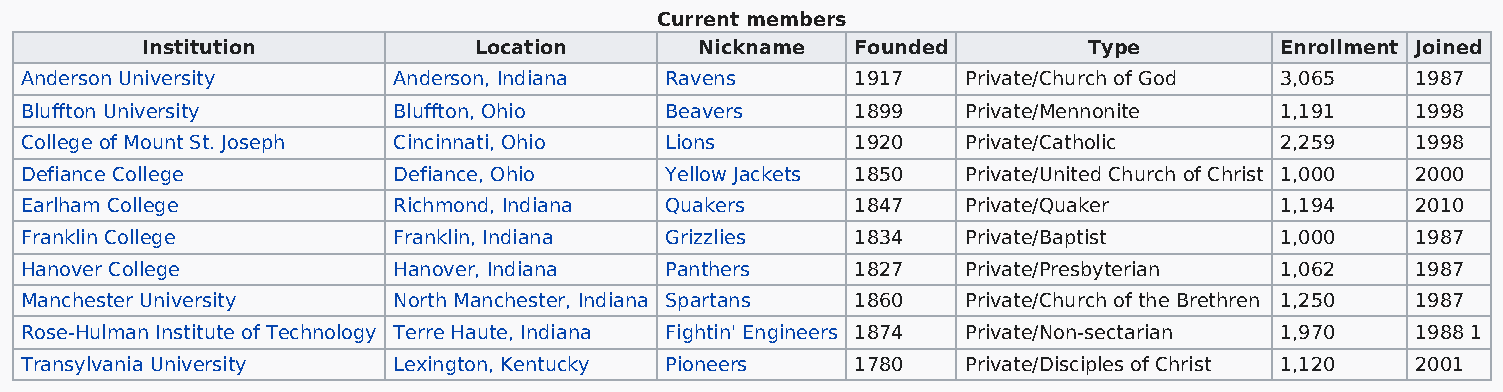
Current members
 Institution           Location       Nickname   Founded        Type         Enrollment Joined
 Anderson University      Anderson, Indiana Ravens       1917   Private/Church of God 3,065   1987
 Bluffton University      Bluffton, Ohio    Beavers      1899   Private/Mennonite    1,191    1998
 College of Mount St. Joseph Cincinnati, Ohio Lions      1920   Private/Catholic     2,259    1998
 Defiance College         Defiance, Ohio    Yellow Jackets 1850 Private/United Church of Christ 1,000 2000
 Earlham College          Richmond, Indiana Quakers      1847   Private/Quaker       1,194    2010
 Franklin College         Franklin, Indiana Grizzlies    1834   Private/Baptist      1,000    1987
 Hanover College          Hanover, Indiana  Panthers     1827   Private/Presbyterian 1,062    1987
 Manchester University    North Manchester, Indiana Spartans 1860 Private/Church of the Brethren 1,250 1987
 Rose-Hulman Institute of Technology Terre Haute, Indiana Fightin' Engineers 1874 Private/Non-sectarian 1,970 1988 1
 Transylvania University  Lexington, Kentucky Pioneers   1780   Private/Disciples of Christ 1,120 2001